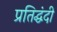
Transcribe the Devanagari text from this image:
प्रतिद्घंदी